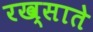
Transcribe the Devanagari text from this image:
रख्साते